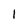
Character: 1